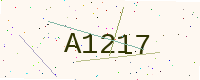
Text: A1217